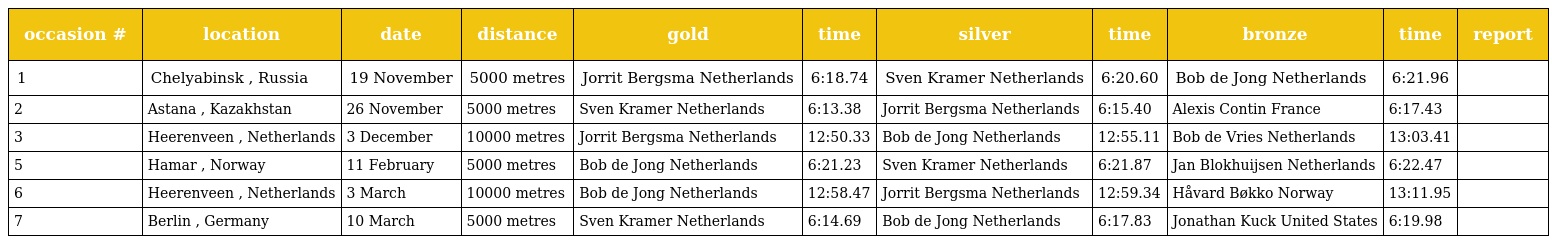
| occasion # | location | date | distance | gold | time | silver | time | bronze | time | report |
 | --- | --- | --- | --- | --- | --- | --- | --- | --- | --- | --- |
 | 1 | Chelyabinsk , Russia | 19 November | 5000 metres | Jorrit Bergsma Netherlands | 6:18.74 | Sven Kramer Netherlands | 6:20.60 | Bob de Jong Netherlands | 6:21.96 |  |
 | 2 | Astana , Kazakhstan | 26 November | 5000 metres | Sven Kramer Netherlands | 6:13.38 | Jorrit Bergsma Netherlands | 6:15.40 | Alexis Contin France | 6:17.43 |  |
 | 3 | Heerenveen , Netherlands | 3 December | 10000 metres | Jorrit Bergsma Netherlands | 12:50.33 | Bob de Jong Netherlands | 12:55.11 | Bob de Vries Netherlands | 13:03.41 |  |
 | 5 | Hamar , Norway | 11 February | 5000 metres | Bob de Jong Netherlands | 6:21.23 | Sven Kramer Netherlands | 6:21.87 | Jan Blokhuijsen Netherlands | 6:22.47 |  |
 | 6 | Heerenveen , Netherlands | 3 March | 10000 metres | Bob de Jong Netherlands | 12:58.47 | Jorrit Bergsma Netherlands | 12:59.34 | Håvard Bøkko Norway | 13:11.95 |  |
 | 7 | Berlin , Germany | 10 March | 5000 metres | Sven Kramer Netherlands | 6:14.69 | Bob de Jong Netherlands | 6:17.83 | Jonathan Kuck United States | 6:19.98 |  |